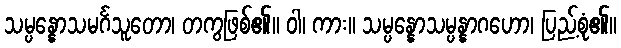
သမ္ပန္နောသမင်္ဂသူတော၊ တကွဖြစ်၏။ ဝါ၊ ကား။ သမ္ပန္နောသမ္ပန္နာဂဟော၊ ပြည့်စုံ၏။